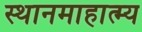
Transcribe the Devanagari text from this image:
स्थानमाहात्म्य